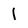
Character: 1